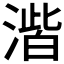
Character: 𮳑